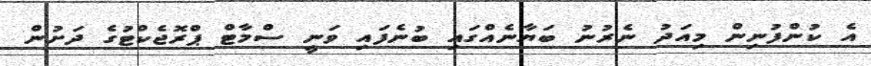
އެ ކުންފުނިން މިއަދު ނެރުނު ބަޔާނެއްގައި ބުނެފައި ވަނީ ސްމާޓް ޕްރޮޖެކްޓުގެ ދަށުން